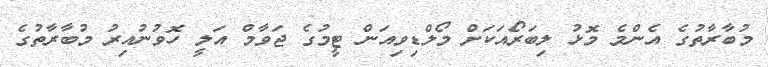
މުބާރާތުގެ އެންމެ މޮޅު ލިބަރޯއަކަށް މޯލްޑިވިއަން ޓީމުގެ ޖަވާމް އަލީ ހޮވުނުއިރު މުބާރާތުގެ